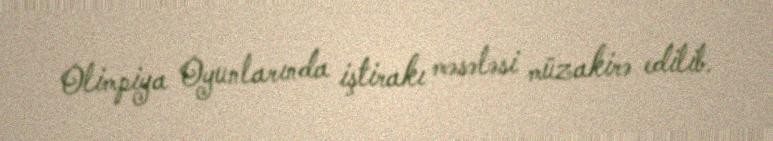
Olimpiya Oyunlarında iştirakı məsələsi müzakirə edilib.